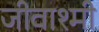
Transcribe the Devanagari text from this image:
जीवाश्मी